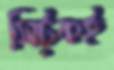
সিট্‌কই